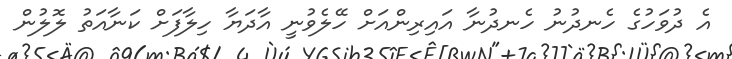
އެ ދުވަހުގެ ހެނދުނު ހެނދުނާ އައިރިންއަށް ހޭލެވުނީ އާދަޔާ ހިލާފަށް ކަނާއަތު ލޮލުން